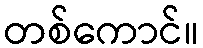
တစ်ကောင်။